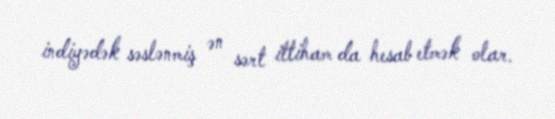
indiyədək səslənmiş ən sərt ittiham da hesab etmək olar.